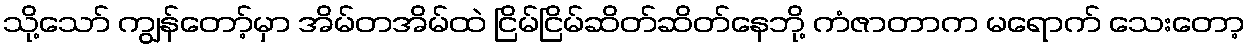
သို့သော် ကျွန်တော့်မှာ အိမ်တအိမ်ထဲ ငြိမ်ငြိမ်ဆိတ်ဆိတ်နေဘို့ ကံဇာတာက မရောက် သေးတော့